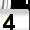
Digit: 3